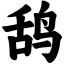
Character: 鸹